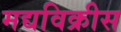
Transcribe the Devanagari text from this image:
मद्यविक्रीस